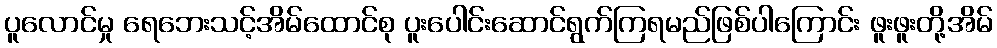
ပူလောင်မှု ရေဘေးသင့်အိမ်ထောင်စု ပူးပေါင်းဆောင်ရွက်ကြရမည်ဖြစ်ပါကြောင်း ဖူးဖူးတို့အိမ်